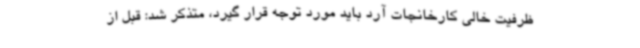
ظرفیت خالی کارخانجات آرد باید مورد توجه قرار گیرد، متذکر شد: قبل از